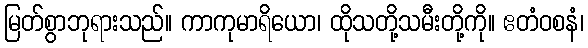
မြတ်စွာဘုရားသည်။ ကာကုမာရိယော၊ ထိုသတို့သမီးတို့ကို။ ဧတံဝစနံ၊